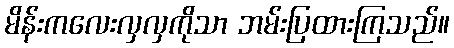
မိန်းကလေးလှလှကိုသာ ဘမ်းပြထားကြသည်။